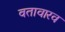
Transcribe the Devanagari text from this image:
वतावारव